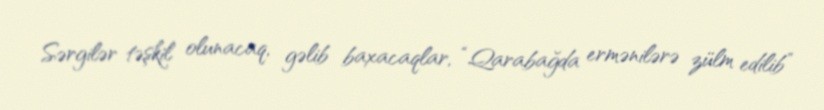
Sərgilər təşkil olunacaq, gəlib baxacaqlar, “Qarabağda ermənilərə zülm edilib”